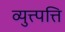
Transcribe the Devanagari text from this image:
व्युत्त्पत्ति